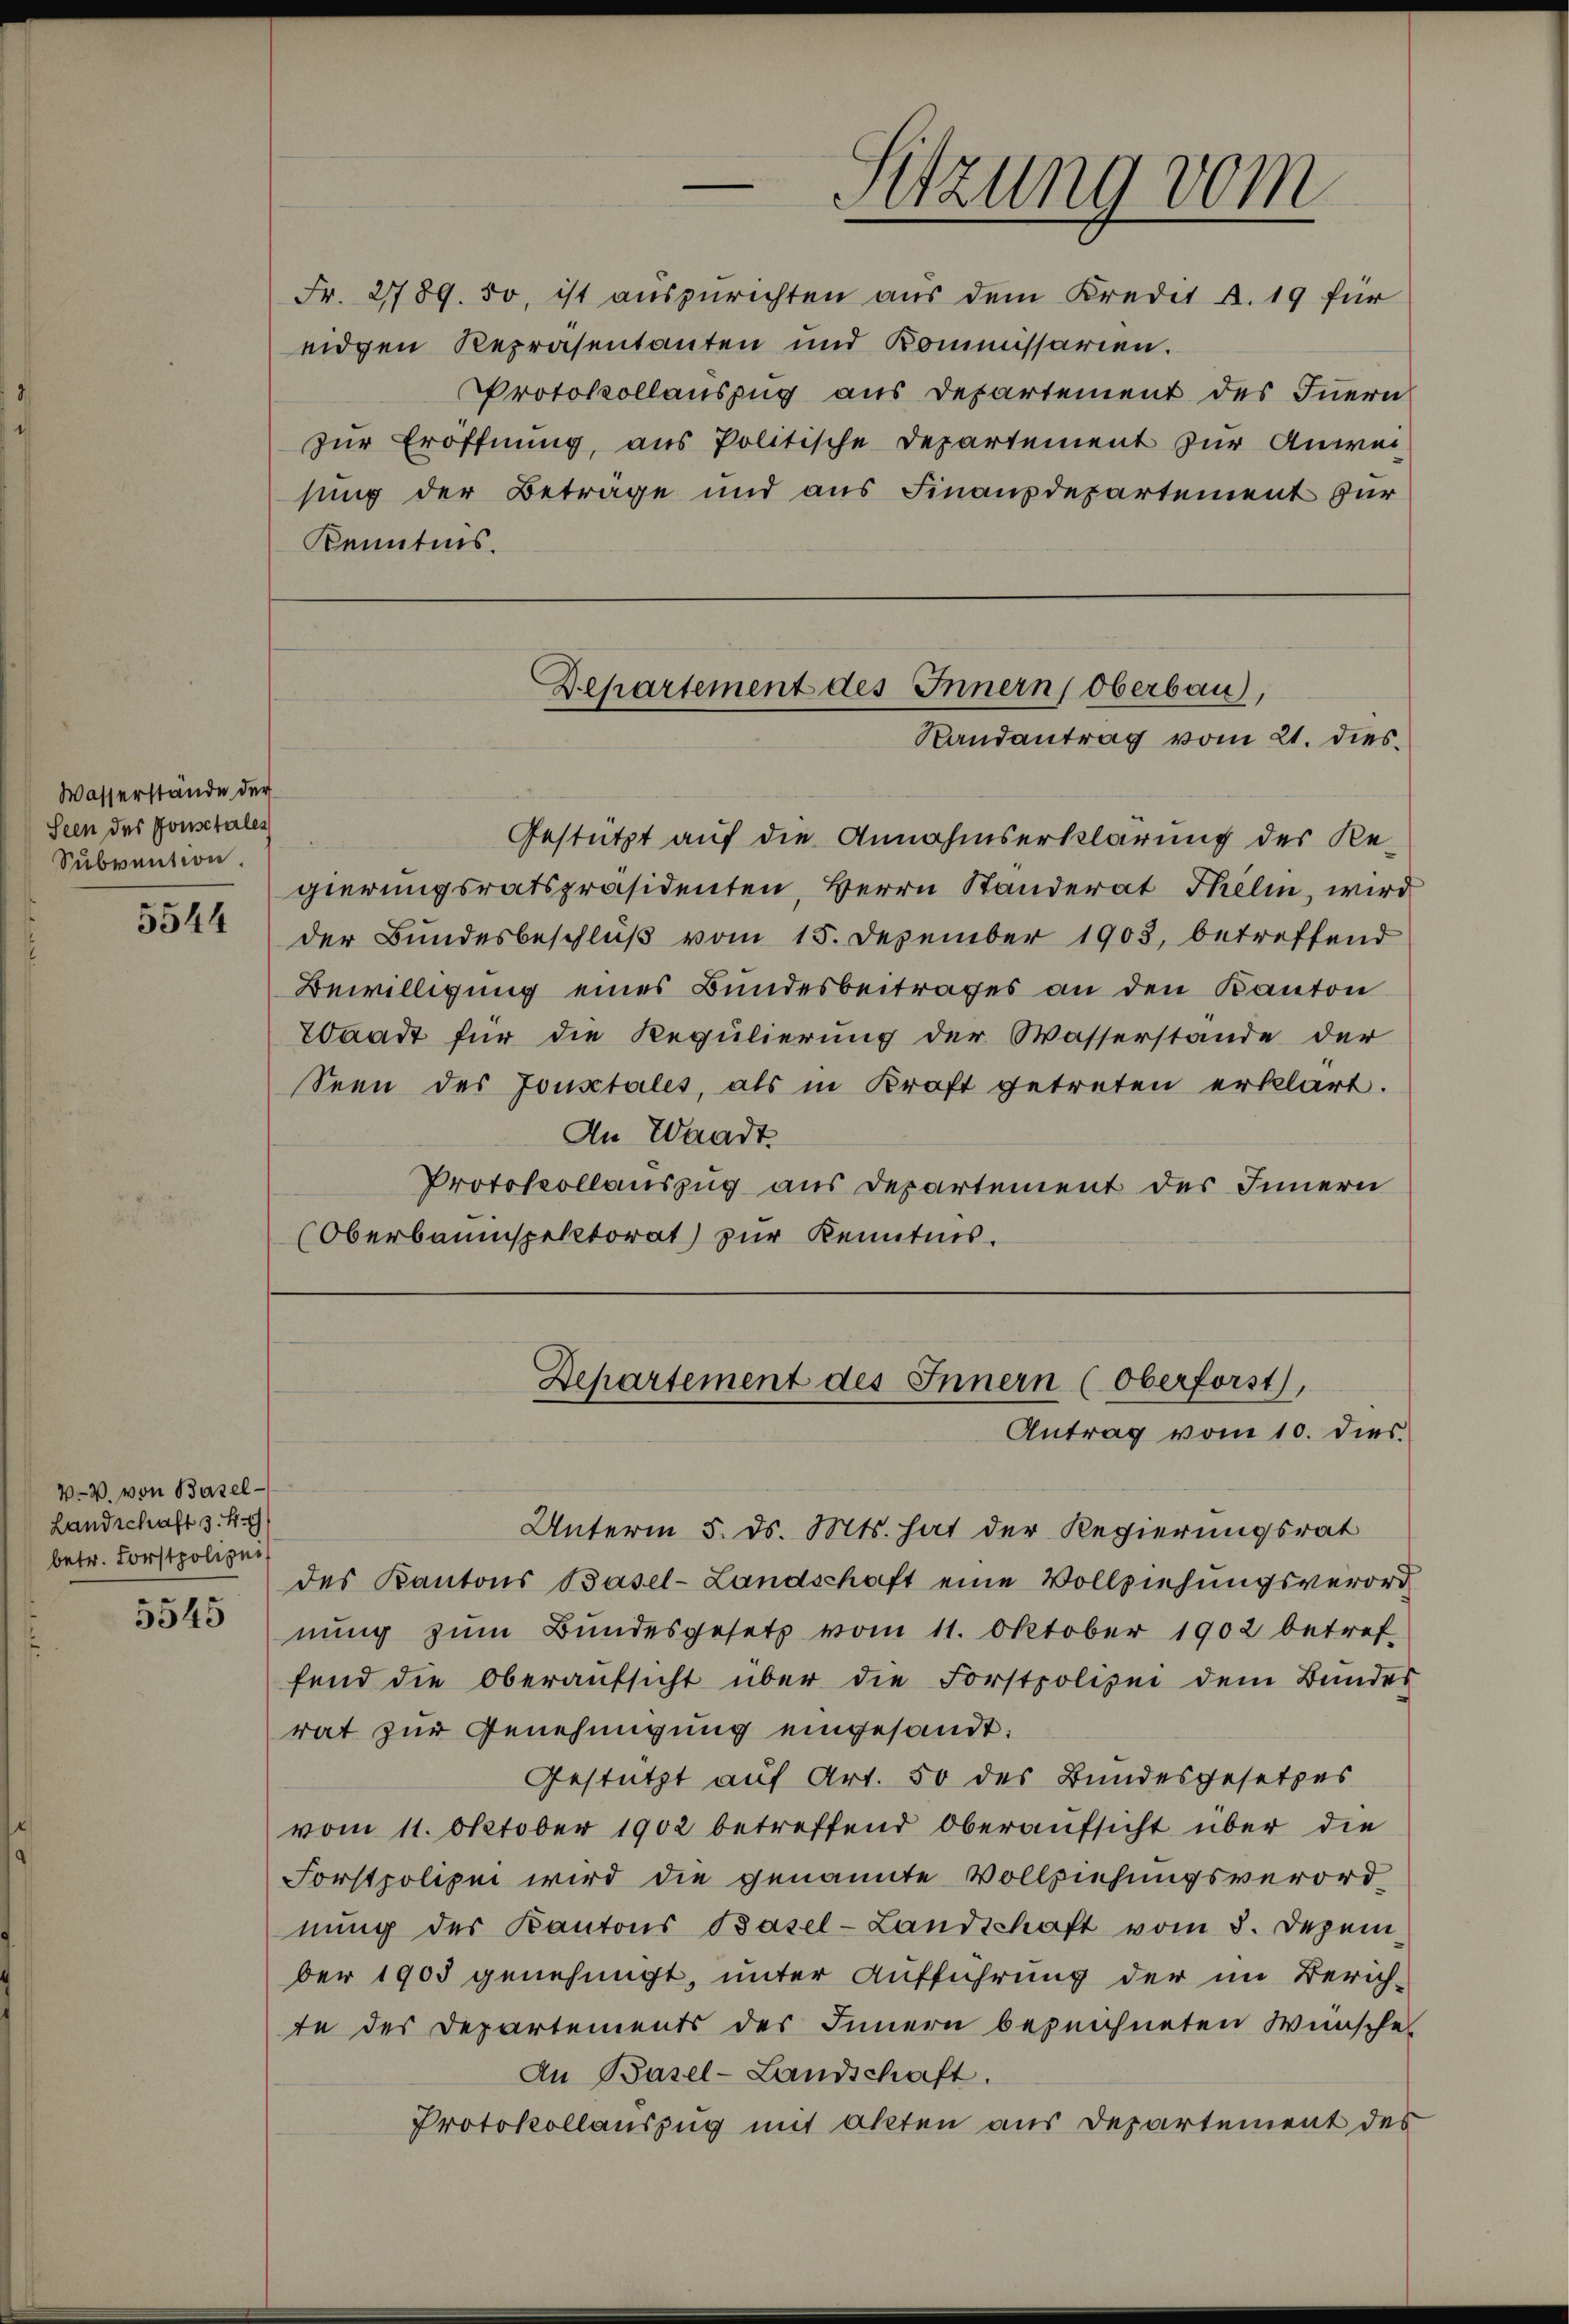
Wasserstände der
Seen der Positales
Subvention.
5544

VV. von Basel¬
Landschaft 3. 49)
betr. Forstpolizei
5545

Sitzung vom

Fr. 27789. 50, ist auszurichten aus dem Kredit A. 19 für
eidgen Repräsentanten und Kommissarien.
Protokollauszug aus Departement des Innern
zur Eröffnung, aus Politische Departement zur Anweisung der Betrage und aus Finanzdepartement zur
Kenntnis.
Gestützt auf die Annahmserklärung des Regierungsratspräsidenten, Herrn Standerat Thelin, wird
der Bundesbeschluß vom 15. Dezember 1903, betreffend
Bewilligung eines Bundesbeitrages an den Kanton
Waadt für die Regulierung der Wasserstande der
Seen des Jousctales, als in Kraft getreten erklärt.
An Waadt
Protokollauszug aus Departement des Innern
(Oberbauinspektorat) zur Kenntnis.

Unterm 5. ds. Mts. hat der Regierungsrat
des Kantons Basel-Landschaft eine Vollziehungsverord
nung zum Bundesgesetz vom 11. Oktober 1902 betref-
fend die Oberaŭfsicht über die Forstpolizei dem Bundes
rat zur Genehmigung eingesandt.
Gestützt auf Art. 50 des Bundesgesetzes
vom 11. Oktober 1902 betreffend Oberaufsicht über die
Forstpolizei wird die genannte Vollziehungsverord
nung der Kantons Basel-Landschaft vom 8. Dezember 1905 genehmigt, unter Aufführung der im Zürich-
te des Departements des Innern bezeichneten Wünsches
An Basel-Landschaft.
Protokollauszug mit Akten aus Departement des

Departement des Innern, Oberbau,
Randantrag vom 21. dies¬

Departement des Innern (Oberforst
Antrag vom 10. dies